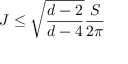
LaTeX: J \leq \sqrt { \frac { d - 2 } { d - 4 } } \frac { S } { 2 \pi }